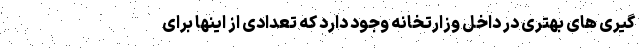
گیری های بهتری در داخل وزارتخانه وجود دارد که تعدادی از اینها برای